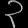
Digit: ၃